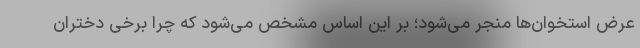
عرض استخوان‌ها منجر می‌شود؛ بر این اساس مشخص می‌شود که چرا برخی دختران